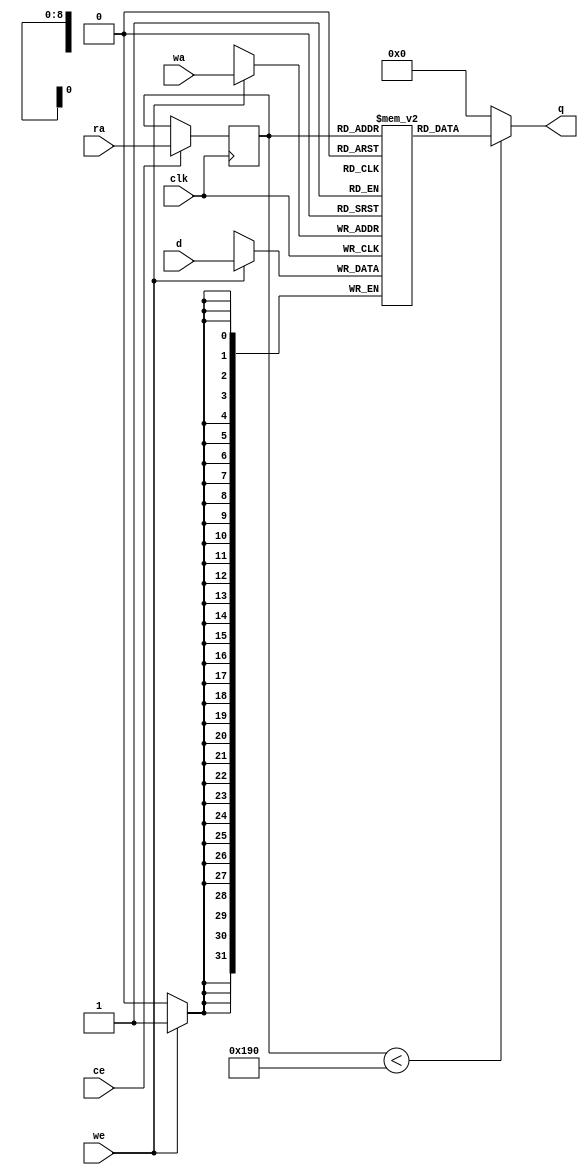
// ==============================================================
// File generated by AutoESL - High-Level Synthesis System (C, C++, SystemC)
// Version: 2011.1
// Copyright (C) 2011 Xilinx Inc. All rights reserved.
// 
// ==============================================================



`timescale 1 ns / 1 ps




module SURFdescriptor_DX_core (q, ra, ce, clk
, d, wa, we);
   parameter READ_PORT_COUNT=32'd1;
   parameter WRITE_PORT_COUNT=32'd1;
   parameter DATA_WIDTH=32'd32;
   parameter ADDRESS_WIDTH=32'd9;
   parameter WORD_COUNT=32'd400;

   output [READ_PORT_COUNT*DATA_WIDTH-1:0] q;
   input [READ_PORT_COUNT*ADDRESS_WIDTH-1:0]  ra;
   input [READ_PORT_COUNT-1:0]  ce;
   input [WRITE_PORT_COUNT*DATA_WIDTH-1:0] d;
   input [WRITE_PORT_COUNT*ADDRESS_WIDTH-1:0] wa;
   input [WRITE_PORT_COUNT-1:0]               we;
   input                                      clk;

   integer                                    i,j,k;

   reg [DATA_WIDTH-1:0]                       mem [0:WORD_COUNT-1];
   reg [ADDRESS_WIDTH-1:0]                    rat;
   reg [ADDRESS_WIDTH-1:0]                    rai [READ_PORT_COUNT-1:0];
   reg [ADDRESS_WIDTH-1:0]                    rai_reg [READ_PORT_COUNT-1:0];
   reg [READ_PORT_COUNT*DATA_WIDTH-1:0]       qi;
   reg [DATA_WIDTH-1:0]                       qt;
   reg [DATA_WIDTH-1:0]                       di [WRITE_PORT_COUNT-1:0];
   reg [DATA_WIDTH-1:0]                       dt;
   reg [ADDRESS_WIDTH-1:0]                    wat;
   reg [ADDRESS_WIDTH-1:0]                    wai [WRITE_PORT_COUNT-1:0];


   initial begin
        mem[0] = 32'b00000000000000000000000000000000;
        mem[1] = 32'b00000000000000000000000000000000;
        mem[2] = 32'b00000000000000000000000000000000;
        mem[3] = 32'b00000000000000000000000000000000;
        mem[4] = 32'b00000000000000000000000000000000;
        mem[5] = 32'b00000000000000000000000000000000;
        mem[6] = 32'b00000000000000000000000000000000;
        mem[7] = 32'b00000000000000000000000000000000;
        mem[8] = 32'b00000000000000000000000000000000;
        mem[9] = 32'b00000000000000000000000000000000;
        mem[10] = 32'b00000000000000000000000000000000;
        mem[11] = 32'b00000000000000000000000000000000;
        mem[12] = 32'b00000000000000000000000000000000;
        mem[13] = 32'b00000000000000000000000000000000;
        mem[14] = 32'b00000000000000000000000000000000;
        mem[15] = 32'b00000000000000000000000000000000;
        mem[16] = 32'b00000000000000000000000000000000;
        mem[17] = 32'b00000000000000000000000000000000;
        mem[18] = 32'b00000000000000000000000000000000;
        mem[19] = 32'b00000000000000000000000000000000;
        mem[20] = 32'b00000000000000000000000000000000;
        mem[21] = 32'b00000000000000000000000000000000;
        mem[22] = 32'b00000000000000000000000000000000;
        mem[23] = 32'b00000000000000000000000000000000;
        mem[24] = 32'b00000000000000000000000000000000;
        mem[25] = 32'b00000000000000000000000000000000;
        mem[26] = 32'b00000000000000000000000000000000;
        mem[27] = 32'b00000000000000000000000000000000;
        mem[28] = 32'b00000000000000000000000000000000;
        mem[29] = 32'b00000000000000000000000000000000;
        mem[30] = 32'b00000000000000000000000000000000;
        mem[31] = 32'b00000000000000000000000000000000;
        mem[32] = 32'b00000000000000000000000000000000;
        mem[33] = 32'b00000000000000000000000000000000;
        mem[34] = 32'b00000000000000000000000000000000;
        mem[35] = 32'b00000000000000000000000000000000;
        mem[36] = 32'b00000000000000000000000000000000;
        mem[37] = 32'b00000000000000000000000000000000;
        mem[38] = 32'b00000000000000000000000000000000;
        mem[39] = 32'b00000000000000000000000000000000;
        mem[40] = 32'b00000000000000000000000000000000;
        mem[41] = 32'b00000000000000000000000000000000;
        mem[42] = 32'b00000000000000000000000000000000;
        mem[43] = 32'b00000000000000000000000000000000;
        mem[44] = 32'b00000000000000000000000000000000;
        mem[45] = 32'b00000000000000000000000000000000;
        mem[46] = 32'b00000000000000000000000000000000;
        mem[47] = 32'b00000000000000000000000000000000;
        mem[48] = 32'b00000000000000000000000000000000;
        mem[49] = 32'b00000000000000000000000000000000;
        mem[50] = 32'b00000000000000000000000000000000;
        mem[51] = 32'b00000000000000000000000000000000;
        mem[52] = 32'b00000000000000000000000000000000;
        mem[53] = 32'b00000000000000000000000000000000;
        mem[54] = 32'b00000000000000000000000000000000;
        mem[55] = 32'b00000000000000000000000000000000;
        mem[56] = 32'b00000000000000000000000000000000;
        mem[57] = 32'b00000000000000000000000000000000;
        mem[58] = 32'b00000000000000000000000000000000;
        mem[59] = 32'b00000000000000000000000000000000;
        mem[60] = 32'b00000000000000000000000000000000;
        mem[61] = 32'b00000000000000000000000000000000;
        mem[62] = 32'b00000000000000000000000000000000;
        mem[63] = 32'b00000000000000000000000000000000;
        mem[64] = 32'b00000000000000000000000000000000;
        mem[65] = 32'b00000000000000000000000000000000;
        mem[66] = 32'b00000000000000000000000000000000;
        mem[67] = 32'b00000000000000000000000000000000;
        mem[68] = 32'b00000000000000000000000000000000;
        mem[69] = 32'b00000000000000000000000000000000;
        mem[70] = 32'b00000000000000000000000000000000;
        mem[71] = 32'b00000000000000000000000000000000;
        mem[72] = 32'b00000000000000000000000000000000;
        mem[73] = 32'b00000000000000000000000000000000;
        mem[74] = 32'b00000000000000000000000000000000;
        mem[75] = 32'b00000000000000000000000000000000;
        mem[76] = 32'b00000000000000000000000000000000;
        mem[77] = 32'b00000000000000000000000000000000;
        mem[78] = 32'b00000000000000000000000000000000;
        mem[79] = 32'b00000000000000000000000000000000;
        mem[80] = 32'b00000000000000000000000000000000;
        mem[81] = 32'b00000000000000000000000000000000;
        mem[82] = 32'b00000000000000000000000000000000;
        mem[83] = 32'b00000000000000000000000000000000;
        mem[84] = 32'b00000000000000000000000000000000;
        mem[85] = 32'b00000000000000000000000000000000;
        mem[86] = 32'b00000000000000000000000000000000;
        mem[87] = 32'b00000000000000000000000000000000;
        mem[88] = 32'b00000000000000000000000000000000;
        mem[89] = 32'b00000000000000000000000000000000;
        mem[90] = 32'b00000000000000000000000000000000;
        mem[91] = 32'b00000000000000000000000000000000;
        mem[92] = 32'b00000000000000000000000000000000;
        mem[93] = 32'b00000000000000000000000000000000;
        mem[94] = 32'b00000000000000000000000000000000;
        mem[95] = 32'b00000000000000000000000000000000;
        mem[96] = 32'b00000000000000000000000000000000;
        mem[97] = 32'b00000000000000000000000000000000;
        mem[98] = 32'b00000000000000000000000000000000;
        mem[99] = 32'b00000000000000000000000000000000;
        mem[100] = 32'b00000000000000000000000000000000;
        mem[101] = 32'b00000000000000000000000000000000;
        mem[102] = 32'b00000000000000000000000000000000;
        mem[103] = 32'b00000000000000000000000000000000;
        mem[104] = 32'b00000000000000000000000000000000;
        mem[105] = 32'b00000000000000000000000000000000;
        mem[106] = 32'b00000000000000000000000000000000;
        mem[107] = 32'b00000000000000000000000000000000;
        mem[108] = 32'b00000000000000000000000000000000;
        mem[109] = 32'b00000000000000000000000000000000;
        mem[110] = 32'b00000000000000000000000000000000;
        mem[111] = 32'b00000000000000000000000000000000;
        mem[112] = 32'b00000000000000000000000000000000;
        mem[113] = 32'b00000000000000000000000000000000;
        mem[114] = 32'b00000000000000000000000000000000;
        mem[115] = 32'b00000000000000000000000000000000;
        mem[116] = 32'b00000000000000000000000000000000;
        mem[117] = 32'b00000000000000000000000000000000;
        mem[118] = 32'b00000000000000000000000000000000;
        mem[119] = 32'b00000000000000000000000000000000;
        mem[120] = 32'b00000000000000000000000000000000;
        mem[121] = 32'b00000000000000000000000000000000;
        mem[122] = 32'b00000000000000000000000000000000;
        mem[123] = 32'b00000000000000000000000000000000;
        mem[124] = 32'b00000000000000000000000000000000;
        mem[125] = 32'b00000000000000000000000000000000;
        mem[126] = 32'b00000000000000000000000000000000;
        mem[127] = 32'b00000000000000000000000000000000;
        mem[128] = 32'b00000000000000000000000000000000;
        mem[129] = 32'b00000000000000000000000000000000;
        mem[130] = 32'b00000000000000000000000000000000;
        mem[131] = 32'b00000000000000000000000000000000;
        mem[132] = 32'b00000000000000000000000000000000;
        mem[133] = 32'b00000000000000000000000000000000;
        mem[134] = 32'b00000000000000000000000000000000;
        mem[135] = 32'b00000000000000000000000000000000;
        mem[136] = 32'b00000000000000000000000000000000;
        mem[137] = 32'b00000000000000000000000000000000;
        mem[138] = 32'b00000000000000000000000000000000;
        mem[139] = 32'b00000000000000000000000000000000;
        mem[140] = 32'b00000000000000000000000000000000;
        mem[141] = 32'b00000000000000000000000000000000;
        mem[142] = 32'b00000000000000000000000000000000;
        mem[143] = 32'b00000000000000000000000000000000;
        mem[144] = 32'b00000000000000000000000000000000;
        mem[145] = 32'b00000000000000000000000000000000;
        mem[146] = 32'b00000000000000000000000000000000;
        mem[147] = 32'b00000000000000000000000000000000;
        mem[148] = 32'b00000000000000000000000000000000;
        mem[149] = 32'b00000000000000000000000000000000;
        mem[150] = 32'b00000000000000000000000000000000;
        mem[151] = 32'b00000000000000000000000000000000;
        mem[152] = 32'b00000000000000000000000000000000;
        mem[153] = 32'b00000000000000000000000000000000;
        mem[154] = 32'b00000000000000000000000000000000;
        mem[155] = 32'b00000000000000000000000000000000;
        mem[156] = 32'b00000000000000000000000000000000;
        mem[157] = 32'b00000000000000000000000000000000;
        mem[158] = 32'b00000000000000000000000000000000;
        mem[159] = 32'b00000000000000000000000000000000;
        mem[160] = 32'b00000000000000000000000000000000;
        mem[161] = 32'b00000000000000000000000000000000;
        mem[162] = 32'b00000000000000000000000000000000;
        mem[163] = 32'b00000000000000000000000000000000;
        mem[164] = 32'b00000000000000000000000000000000;
        mem[165] = 32'b00000000000000000000000000000000;
        mem[166] = 32'b00000000000000000000000000000000;
        mem[167] = 32'b00000000000000000000000000000000;
        mem[168] = 32'b00000000000000000000000000000000;
        mem[169] = 32'b00000000000000000000000000000000;
        mem[170] = 32'b00000000000000000000000000000000;
        mem[171] = 32'b00000000000000000000000000000000;
        mem[172] = 32'b00000000000000000000000000000000;
        mem[173] = 32'b00000000000000000000000000000000;
        mem[174] = 32'b00000000000000000000000000000000;
        mem[175] = 32'b00000000000000000000000000000000;
        mem[176] = 32'b00000000000000000000000000000000;
        mem[177] = 32'b00000000000000000000000000000000;
        mem[178] = 32'b00000000000000000000000000000000;
        mem[179] = 32'b00000000000000000000000000000000;
        mem[180] = 32'b00000000000000000000000000000000;
        mem[181] = 32'b00000000000000000000000000000000;
        mem[182] = 32'b00000000000000000000000000000000;
        mem[183] = 32'b00000000000000000000000000000000;
        mem[184] = 32'b00000000000000000000000000000000;
        mem[185] = 32'b00000000000000000000000000000000;
        mem[186] = 32'b00000000000000000000000000000000;
        mem[187] = 32'b00000000000000000000000000000000;
        mem[188] = 32'b00000000000000000000000000000000;
        mem[189] = 32'b00000000000000000000000000000000;
        mem[190] = 32'b00000000000000000000000000000000;
        mem[191] = 32'b00000000000000000000000000000000;
        mem[192] = 32'b00000000000000000000000000000000;
        mem[193] = 32'b00000000000000000000000000000000;
        mem[194] = 32'b00000000000000000000000000000000;
        mem[195] = 32'b00000000000000000000000000000000;
        mem[196] = 32'b00000000000000000000000000000000;
        mem[197] = 32'b00000000000000000000000000000000;
        mem[198] = 32'b00000000000000000000000000000000;
        mem[199] = 32'b00000000000000000000000000000000;
        mem[200] = 32'b00000000000000000000000000000000;
        mem[201] = 32'b00000000000000000000000000000000;
        mem[202] = 32'b00000000000000000000000000000000;
        mem[203] = 32'b00000000000000000000000000000000;
        mem[204] = 32'b00000000000000000000000000000000;
        mem[205] = 32'b00000000000000000000000000000000;
        mem[206] = 32'b00000000000000000000000000000000;
        mem[207] = 32'b00000000000000000000000000000000;
        mem[208] = 32'b00000000000000000000000000000000;
        mem[209] = 32'b00000000000000000000000000000000;
        mem[210] = 32'b00000000000000000000000000000000;
        mem[211] = 32'b00000000000000000000000000000000;
        mem[212] = 32'b00000000000000000000000000000000;
        mem[213] = 32'b00000000000000000000000000000000;
        mem[214] = 32'b00000000000000000000000000000000;
        mem[215] = 32'b00000000000000000000000000000000;
        mem[216] = 32'b00000000000000000000000000000000;
        mem[217] = 32'b00000000000000000000000000000000;
        mem[218] = 32'b00000000000000000000000000000000;
        mem[219] = 32'b00000000000000000000000000000000;
        mem[220] = 32'b00000000000000000000000000000000;
        mem[221] = 32'b00000000000000000000000000000000;
        mem[222] = 32'b00000000000000000000000000000000;
        mem[223] = 32'b00000000000000000000000000000000;
        mem[224] = 32'b00000000000000000000000000000000;
        mem[225] = 32'b00000000000000000000000000000000;
        mem[226] = 32'b00000000000000000000000000000000;
        mem[227] = 32'b00000000000000000000000000000000;
        mem[228] = 32'b00000000000000000000000000000000;
        mem[229] = 32'b00000000000000000000000000000000;
        mem[230] = 32'b00000000000000000000000000000000;
        mem[231] = 32'b00000000000000000000000000000000;
        mem[232] = 32'b00000000000000000000000000000000;
        mem[233] = 32'b00000000000000000000000000000000;
        mem[234] = 32'b00000000000000000000000000000000;
        mem[235] = 32'b00000000000000000000000000000000;
        mem[236] = 32'b00000000000000000000000000000000;
        mem[237] = 32'b00000000000000000000000000000000;
        mem[238] = 32'b00000000000000000000000000000000;
        mem[239] = 32'b00000000000000000000000000000000;
        mem[240] = 32'b00000000000000000000000000000000;
        mem[241] = 32'b00000000000000000000000000000000;
        mem[242] = 32'b00000000000000000000000000000000;
        mem[243] = 32'b00000000000000000000000000000000;
        mem[244] = 32'b00000000000000000000000000000000;
        mem[245] = 32'b00000000000000000000000000000000;
        mem[246] = 32'b00000000000000000000000000000000;
        mem[247] = 32'b00000000000000000000000000000000;
        mem[248] = 32'b00000000000000000000000000000000;
        mem[249] = 32'b00000000000000000000000000000000;
        mem[250] = 32'b00000000000000000000000000000000;
        mem[251] = 32'b00000000000000000000000000000000;
        mem[252] = 32'b00000000000000000000000000000000;
        mem[253] = 32'b00000000000000000000000000000000;
        mem[254] = 32'b00000000000000000000000000000000;
        mem[255] = 32'b00000000000000000000000000000000;
        mem[256] = 32'b00000000000000000000000000000000;
        mem[257] = 32'b00000000000000000000000000000000;
        mem[258] = 32'b00000000000000000000000000000000;
        mem[259] = 32'b00000000000000000000000000000000;
        mem[260] = 32'b00000000000000000000000000000000;
        mem[261] = 32'b00000000000000000000000000000000;
        mem[262] = 32'b00000000000000000000000000000000;
        mem[263] = 32'b00000000000000000000000000000000;
        mem[264] = 32'b00000000000000000000000000000000;
        mem[265] = 32'b00000000000000000000000000000000;
        mem[266] = 32'b00000000000000000000000000000000;
        mem[267] = 32'b00000000000000000000000000000000;
        mem[268] = 32'b00000000000000000000000000000000;
        mem[269] = 32'b00000000000000000000000000000000;
        mem[270] = 32'b00000000000000000000000000000000;
        mem[271] = 32'b00000000000000000000000000000000;
        mem[272] = 32'b00000000000000000000000000000000;
        mem[273] = 32'b00000000000000000000000000000000;
        mem[274] = 32'b00000000000000000000000000000000;
        mem[275] = 32'b00000000000000000000000000000000;
        mem[276] = 32'b00000000000000000000000000000000;
        mem[277] = 32'b00000000000000000000000000000000;
        mem[278] = 32'b00000000000000000000000000000000;
        mem[279] = 32'b00000000000000000000000000000000;
        mem[280] = 32'b00000000000000000000000000000000;
        mem[281] = 32'b00000000000000000000000000000000;
        mem[282] = 32'b00000000000000000000000000000000;
        mem[283] = 32'b00000000000000000000000000000000;
        mem[284] = 32'b00000000000000000000000000000000;
        mem[285] = 32'b00000000000000000000000000000000;
        mem[286] = 32'b00000000000000000000000000000000;
        mem[287] = 32'b00000000000000000000000000000000;
        mem[288] = 32'b00000000000000000000000000000000;
        mem[289] = 32'b00000000000000000000000000000000;
        mem[290] = 32'b00000000000000000000000000000000;
        mem[291] = 32'b00000000000000000000000000000000;
        mem[292] = 32'b00000000000000000000000000000000;
        mem[293] = 32'b00000000000000000000000000000000;
        mem[294] = 32'b00000000000000000000000000000000;
        mem[295] = 32'b00000000000000000000000000000000;
        mem[296] = 32'b00000000000000000000000000000000;
        mem[297] = 32'b00000000000000000000000000000000;
        mem[298] = 32'b00000000000000000000000000000000;
        mem[299] = 32'b00000000000000000000000000000000;
        mem[300] = 32'b00000000000000000000000000000000;
        mem[301] = 32'b00000000000000000000000000000000;
        mem[302] = 32'b00000000000000000000000000000000;
        mem[303] = 32'b00000000000000000000000000000000;
        mem[304] = 32'b00000000000000000000000000000000;
        mem[305] = 32'b00000000000000000000000000000000;
        mem[306] = 32'b00000000000000000000000000000000;
        mem[307] = 32'b00000000000000000000000000000000;
        mem[308] = 32'b00000000000000000000000000000000;
        mem[309] = 32'b00000000000000000000000000000000;
        mem[310] = 32'b00000000000000000000000000000000;
        mem[311] = 32'b00000000000000000000000000000000;
        mem[312] = 32'b00000000000000000000000000000000;
        mem[313] = 32'b00000000000000000000000000000000;
        mem[314] = 32'b00000000000000000000000000000000;
        mem[315] = 32'b00000000000000000000000000000000;
        mem[316] = 32'b00000000000000000000000000000000;
        mem[317] = 32'b00000000000000000000000000000000;
        mem[318] = 32'b00000000000000000000000000000000;
        mem[319] = 32'b00000000000000000000000000000000;
        mem[320] = 32'b00000000000000000000000000000000;
        mem[321] = 32'b00000000000000000000000000000000;
        mem[322] = 32'b00000000000000000000000000000000;
        mem[323] = 32'b00000000000000000000000000000000;
        mem[324] = 32'b00000000000000000000000000000000;
        mem[325] = 32'b00000000000000000000000000000000;
        mem[326] = 32'b00000000000000000000000000000000;
        mem[327] = 32'b00000000000000000000000000000000;
        mem[328] = 32'b00000000000000000000000000000000;
        mem[329] = 32'b00000000000000000000000000000000;
        mem[330] = 32'b00000000000000000000000000000000;
        mem[331] = 32'b00000000000000000000000000000000;
        mem[332] = 32'b00000000000000000000000000000000;
        mem[333] = 32'b00000000000000000000000000000000;
        mem[334] = 32'b00000000000000000000000000000000;
        mem[335] = 32'b00000000000000000000000000000000;
        mem[336] = 32'b00000000000000000000000000000000;
        mem[337] = 32'b00000000000000000000000000000000;
        mem[338] = 32'b00000000000000000000000000000000;
        mem[339] = 32'b00000000000000000000000000000000;
        mem[340] = 32'b00000000000000000000000000000000;
        mem[341] = 32'b00000000000000000000000000000000;
        mem[342] = 32'b00000000000000000000000000000000;
        mem[343] = 32'b00000000000000000000000000000000;
        mem[344] = 32'b00000000000000000000000000000000;
        mem[345] = 32'b00000000000000000000000000000000;
        mem[346] = 32'b00000000000000000000000000000000;
        mem[347] = 32'b00000000000000000000000000000000;
        mem[348] = 32'b00000000000000000000000000000000;
        mem[349] = 32'b00000000000000000000000000000000;
        mem[350] = 32'b00000000000000000000000000000000;
        mem[351] = 32'b00000000000000000000000000000000;
        mem[352] = 32'b00000000000000000000000000000000;
        mem[353] = 32'b00000000000000000000000000000000;
        mem[354] = 32'b00000000000000000000000000000000;
        mem[355] = 32'b00000000000000000000000000000000;
        mem[356] = 32'b00000000000000000000000000000000;
        mem[357] = 32'b00000000000000000000000000000000;
        mem[358] = 32'b00000000000000000000000000000000;
        mem[359] = 32'b00000000000000000000000000000000;
        mem[360] = 32'b00000000000000000000000000000000;
        mem[361] = 32'b00000000000000000000000000000000;
        mem[362] = 32'b00000000000000000000000000000000;
        mem[363] = 32'b00000000000000000000000000000000;
        mem[364] = 32'b00000000000000000000000000000000;
        mem[365] = 32'b00000000000000000000000000000000;
        mem[366] = 32'b00000000000000000000000000000000;
        mem[367] = 32'b00000000000000000000000000000000;
        mem[368] = 32'b00000000000000000000000000000000;
        mem[369] = 32'b00000000000000000000000000000000;
        mem[370] = 32'b00000000000000000000000000000000;
        mem[371] = 32'b00000000000000000000000000000000;
        mem[372] = 32'b00000000000000000000000000000000;
        mem[373] = 32'b00000000000000000000000000000000;
        mem[374] = 32'b00000000000000000000000000000000;
        mem[375] = 32'b00000000000000000000000000000000;
        mem[376] = 32'b00000000000000000000000000000000;
        mem[377] = 32'b00000000000000000000000000000000;
        mem[378] = 32'b00000000000000000000000000000000;
        mem[379] = 32'b00000000000000000000000000000000;
        mem[380] = 32'b00000000000000000000000000000000;
        mem[381] = 32'b00000000000000000000000000000000;
        mem[382] = 32'b00000000000000000000000000000000;
        mem[383] = 32'b00000000000000000000000000000000;
        mem[384] = 32'b00000000000000000000000000000000;
        mem[385] = 32'b00000000000000000000000000000000;
        mem[386] = 32'b00000000000000000000000000000000;
        mem[387] = 32'b00000000000000000000000000000000;
        mem[388] = 32'b00000000000000000000000000000000;
        mem[389] = 32'b00000000000000000000000000000000;
        mem[390] = 32'b00000000000000000000000000000000;
        mem[391] = 32'b00000000000000000000000000000000;
        mem[392] = 32'b00000000000000000000000000000000;
        mem[393] = 32'b00000000000000000000000000000000;
        mem[394] = 32'b00000000000000000000000000000000;
        mem[395] = 32'b00000000000000000000000000000000;
        mem[396] = 32'b00000000000000000000000000000000;
        mem[397] = 32'b00000000000000000000000000000000;
        mem[398] = 32'b00000000000000000000000000000000;
        mem[399] = 32'b00000000000000000000000000000000;
   end


   // Split input data
   always @ (d) begin
      for (i=0;i<WRITE_PORT_COUNT;i=i+1) begin
         for (j=0;j<DATA_WIDTH;j=j+1) begin
            dt[j]=d[i*DATA_WIDTH+j];
         end
         di[i]=dt;
      end
   end

   // Split write addresses
   always @ (wa) begin
      for (i=0;i<WRITE_PORT_COUNT;i=i+1) begin
         for (j=0;j<ADDRESS_WIDTH;j=j+1) begin
            wat[j]=wa[i*ADDRESS_WIDTH+j];
         end
         wai[i]=wat;
      end
   end

   // Write memory
   always @ (posedge clk) begin
     for (j=0;j<WRITE_PORT_COUNT;j=j+1) begin
        if (we[j]) begin
           mem[wai[j]] <= di[j];
        end
     end
   end

   // Split read addresses
   always @ (ra) begin
      for (i=0;i<READ_PORT_COUNT;i=i+1) begin
         for (j=0;j<ADDRESS_WIDTH;j=j+1) begin
            rat[j]=ra[i*ADDRESS_WIDTH+j];
         end
         rai[i]=rat;
      end
   end

   // guide read addresses using CE
   always @ (posedge clk) begin
      for (i=0;i<READ_PORT_COUNT;i=i+1) begin
         if ( ce[i] ) begin
            rai_reg[i] <= rai[i];
         end
      end
   end


   // Memory read
    genvar x;
    generate
        for (x = 0; x < READ_PORT_COUNT; x = x + 1) begin : gen_q
            assign q[x*DATA_WIDTH+DATA_WIDTH-1:x*DATA_WIDTH] = (rai_reg[x]<WORD_COUNT)?
                mem[rai_reg[x]] : {DATA_WIDTH{1'b0}};
        end
    endgenerate

endmodule


module SURFdescriptor_DX (
    address0,
    ce0,
    q0,
    we0,
    d0,


    clk);


parameter DataWidth = 32'd32;
parameter AddressRange = 32'd400;
parameter AddressWidth = 32'd9;

input[AddressWidth-1:0] address0;
input ce0;
output[DataWidth-1:0] q0;
input we0;
input[DataWidth-1:0] d0;
input clk;


reg[DataWidth-1:0] q0;
wire[1 * DataWidth - 1:0] mem_q;
wire[DataWidth - 1:0] mem_q0;
wire[1 - 1:0] mem_we;
wire[1 * DataWidth - 1:0] mem_d;
wire[1 * AddressWidth - 1:0] mem_wa;
wire[1 * AddressWidth - 1:0]  mem_ra;
wire[1 - 1:0]  mem_ce;


SURFdescriptor_DX_core #(
    .READ_PORT_COUNT( 1 ),
    .WRITE_PORT_COUNT( 1 ),
    .DATA_WIDTH( DataWidth ),
    .ADDRESS_WIDTH( AddressWidth ),
    .WORD_COUNT( AddressRange ))
core_inst (
    .q( mem_q ),
    .ra( mem_ra ),
    .ce( mem_ce ),
    .d( mem_d ),
    .wa( mem_wa ),
    .we( mem_we ),
    .clk( clk ));


assign mem_q0 =  mem_q[1 * DataWidth - 1 : 0 * DataWidth];

always @ (mem_q0) begin
        q0 = mem_q0;
end

assign mem_ra = {address0};
assign mem_ce = {ce0};

assign mem_we[0] = we0;

assign mem_d = {d0};

assign mem_wa = {address0};

endmodule